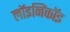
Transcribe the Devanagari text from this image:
लॉइनिंकॉइ